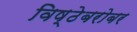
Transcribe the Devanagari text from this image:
विष्ठेबरोबर